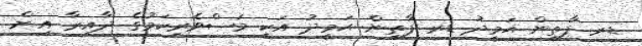
ޑރ ފާތިން ޙަމީދު ޑރ ފާތިން ޙަމީދު އަކީ މަސްވެރިކަމުގެ ދާއިރާ އިން